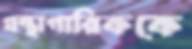
গ্রন্থাগারিককে